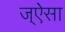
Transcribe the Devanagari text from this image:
ज्ऐसा